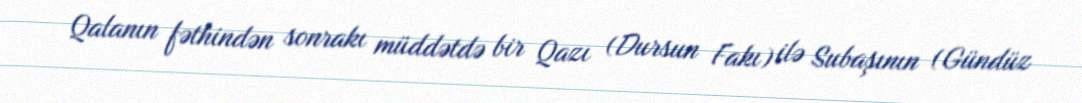
Qalanın fəthindən sonrakı müddətdə bir Qazı (Dursun Fakı) ilə Subaşının (Gündüz